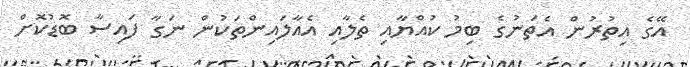
އޭގެ އިތުރުން އެތަނުގެ ބިމު ކުއްޔާއި ތެލާއި އެއާލައިންތަކުން ނަގާ ފައިސާ ބޮޑުކޮށް